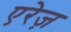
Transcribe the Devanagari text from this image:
एरेज़